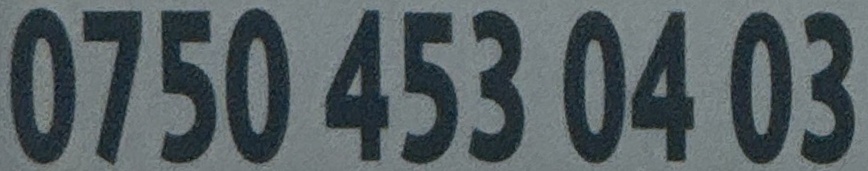
0750 453 04 03